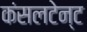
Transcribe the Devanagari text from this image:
कंसलटेन्ट